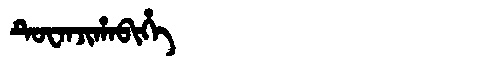
Manchu: ᡨᡠᠸᠠᠨᠵᡳᡥᠠᠪᡳᡥᡝ
Romanization: TUWANJIHABIHE